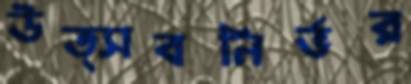
উত্সবনির্ভর